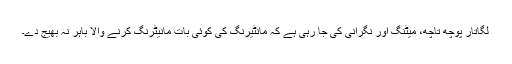
لگاتار پوچھ تاچھ، میٹنگ اور نگرانی کی جا رہی ہے کہ مانٹیرنگ کی کوئی بات مانیٹرنگ کرنے والا باہر نہ بھیج دے۔